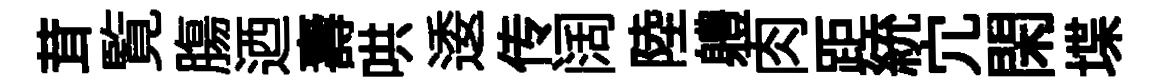
茸覧膓迺壽哄逶传阔陸軆肉距統宂閑堞